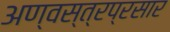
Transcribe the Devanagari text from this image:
अण्वस्त्रप्रसार